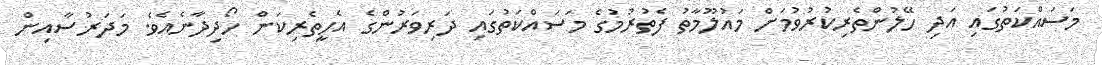
މަސައްކަތުގައި އަދި ހޭލުންތެރިކުރުވުމަށް މައުލޫމާތު ފެތުރުމުގެ މަސައްކަތުގައި ދަރިވަރުންގެ އެހީތެރިކަން ހޯދިދާނެއެވެ. މަދަރުސާއިން